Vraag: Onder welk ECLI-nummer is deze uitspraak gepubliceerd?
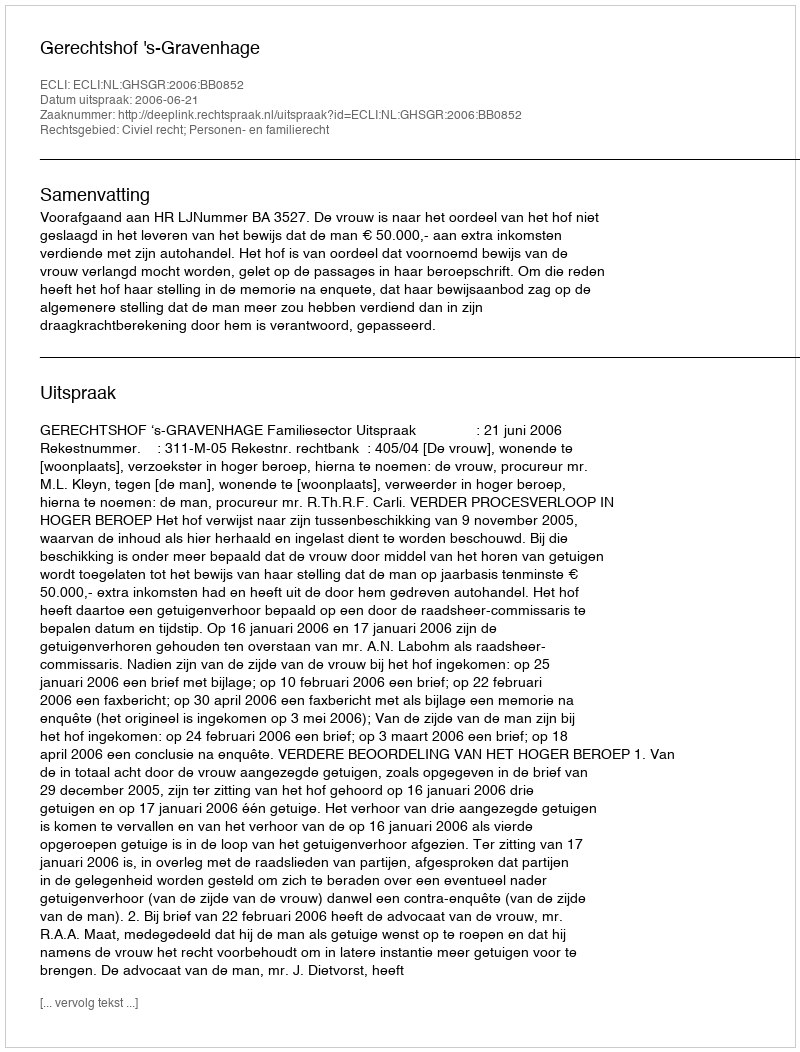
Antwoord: ECLI:NL:GHSGR:2006:BB0852